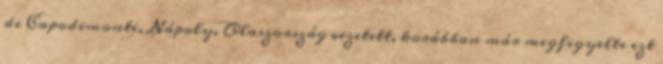
di Capodimonte, Nápoly, Olaszország vezetett, korábban már megfigyelte ezt